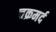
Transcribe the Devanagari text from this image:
चक्रमर्द